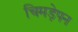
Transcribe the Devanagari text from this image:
चिमड़ेपन